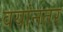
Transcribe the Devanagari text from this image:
वयांनतर